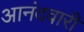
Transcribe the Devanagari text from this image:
आनंदवारी